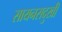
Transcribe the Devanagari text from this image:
सायनसदुखी